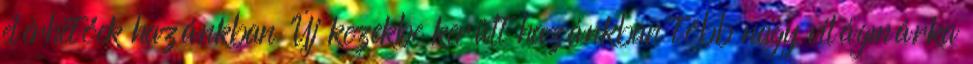
elérhetőek hazánkban Új kezekbe került hazánkban több nagy világmárka